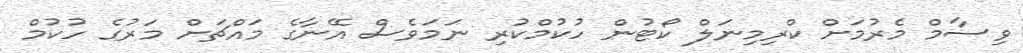
ވިސާމް މެރުމަށް ކްރިމިނަލް ކޯޓުން ހުކުމްކުރި ނަމަވެސް އޭނާގެ މައްޗަށް މަރުގެ ހުކުމް